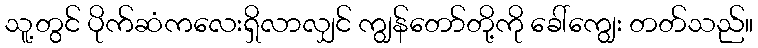
သူ့တွင် ပိုက်ဆံကလေးရှိလာလျှင် ကျွန်တော်တို့ကို ခေါ်ကျွေး တတ်သည်။